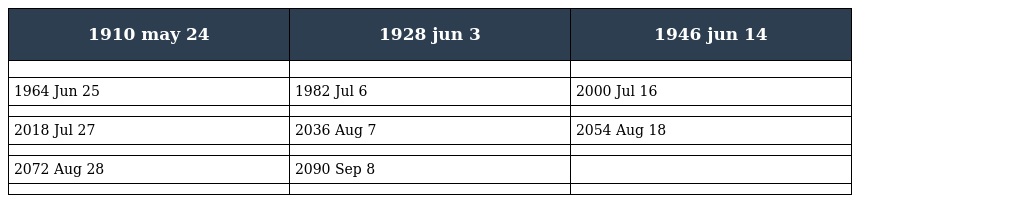
| 1910 may 24 | 1928 jun 3 | 1946 jun 14 |
 | --- | --- | --- |
 |  |  |  |
 | 1964 Jun 25 | 1982 Jul 6 | 2000 Jul 16 |
 |  |  |  |
 | 2018 Jul 27 | 2036 Aug 7 | 2054 Aug 18 |
 |  |  |  |
 | 2072 Aug 28 | 2090 Sep 8 |  |
 |  |  |  |